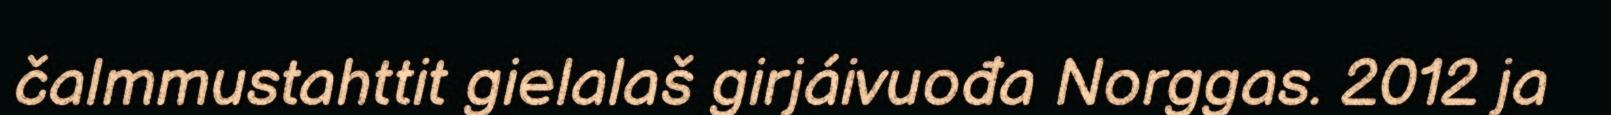
čalmmustahttit gielalaš girjáivuođa Norggas. 2012 ja